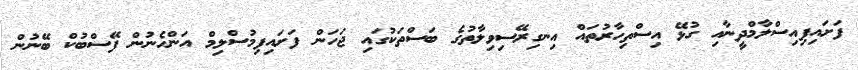
ފަށައިފިއިސްލާމްދީނާއި ގުޅޭ އިސްތިހާރުތައް އިނގިރޭސިވިލާތުގެ ބަސްތަކުގައި ޖަހަން ފަށައިފިމުސްލިމް އަންހެނުން ފޭސްބުކް ބޭނުން